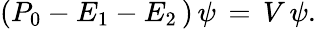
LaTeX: (P_{0}-E_{1}-E_{2}\, )\, \psi\, =\, V\, \psi.